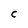
Character: C